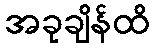
အခုချိန်ထိ